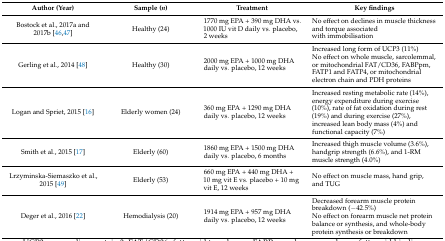
<table><thead><tr><td><b>Author (Year)</b></td><td><b>Sample (<i>n</i>)</b></td><td><b>Treatment</b></td><td><b>Key findings</b></td></tr></thead><tbody><tr><td>Bostock et al., 2017a and 2017b [46,47]</td><td>Healthy (24)</td><td>1770 mg EPA + 390 mg DHA vs. 1000 IU vit D daily vs. placebo, 2 weeks</td><td>No effect on declines in muscle thickness and torque associated with immobilisation</td></tr><tr><td>Gerling et al., 2014 [48]</td><td>Healthy (30)</td><td>2000 mg EPA + 1000 mg DHA daily vs. placebo, 12 weeks</td><td>Increased long form of UCP3 (11%)No effect on whole muscle, sarcolemmal, or mitochondrial FAT/CD36, FABPpm, FATP1 and FATP4, or mitochondrial electron chain and PDH proteins</td></tr><tr><td>Logan and Spriet, 2015 [16]</td><td>Elderly women (24)</td><td>360 mg EPA + 1290 mg DHA daily vs. placebo, 12 weeks</td><td>Increased resting metabolic rate (14%), energy expenditure during exercise (10%), rate of fat oxidation during rest (19%) and during exercise (27%), increased lean body mass (4%) and functional capacity (7%)</td></tr><tr><td>Smith et al., 2015 [17]</td><td>Elderly (60)</td><td>1860 mg EPA + 1500 mg DHA daily vs. placebo, 6 months</td><td>Increased thigh muscle volume (3.6%), handgrip strength (6.6%), and 1-RM muscle strength (4.0%)</td></tr><tr><td>Lrzyminska-Siemaszko et al., 2015 [49]</td><td>Elderly (53)</td><td>660 mg EPA + 440 mg DHA + 10 mg vit E vs. placebo + 10 mg vit E, 12 weeks</td><td>No effect on muscle mass, hand grip, and TUG</td></tr><tr><td>Deger et al., 2016 [22]</td><td>Hemodialysis (20)</td><td>1914 mg EPA + 957 mg DHA daily vs. placebo, 12 weeks</td><td>Decreased forearm muscle protein breakdown (−42.5%)No effect on forearm muscle net protein balance or synthesis, and whole-body protein synthesis or breakdown</td></tr></tbody></table>